Scottish Certificate of Education, 1962
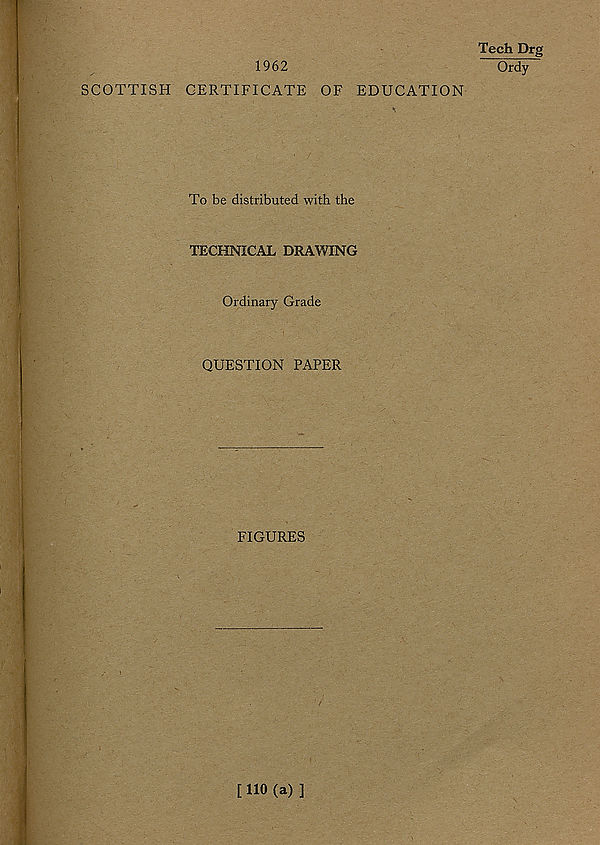
1962
SCOTTISH CERTIFICATE OF EDUCATION
To be distributed with the
TECHNICAL DRAWING
Ordinary Grade
QUESTION PAPER
FIGURES
Tech Drg
Ordy
[ 110 (a) ]